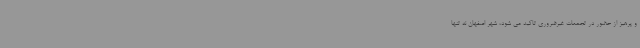
و پرهیز از حضور در تجمعات غیرضروری تاکید می شود، شهر اصفهان نه تنها